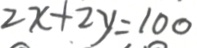
2 x + 2 y = 1 0 0